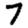
Digit: 7